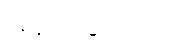
အနည်းဆုံးတော့